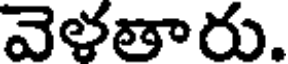
వెళతారు.